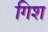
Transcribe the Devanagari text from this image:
गिश